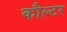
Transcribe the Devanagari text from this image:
कौल्टर